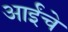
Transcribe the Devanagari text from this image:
आईंचे